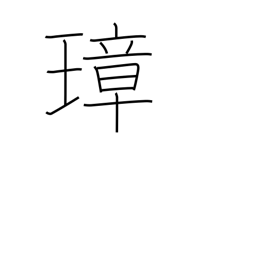
Meaning: ceremonial jeweled implement